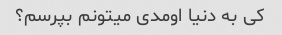
کی به دنیا اومدی میتونم بپرسم؟